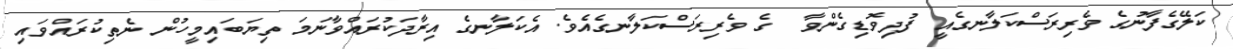
ކަލޭގެފާނުގެ ވެރިރަސްކަލާނގެއީ ފުދިވޮޑިގެންވާ  ގެ ވެރިރަސްކަލާނގެއެވެ. އެކަލާނގެ އިރާދަކުރައްވާނަމަ ތިޔަބައިމީހުން ނެތިކުރައްވައި